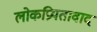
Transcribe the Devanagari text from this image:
लोकप्रियतावाद